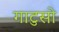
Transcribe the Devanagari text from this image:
गाटुसो